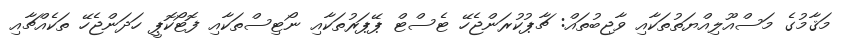
މަޤާމުގެ މަސްއޫލިއްޔަތުތަކާއި ވާޖިބުތައް: ޗާޕުކުރަންޖެހޭ ޓެސްޓް ޕޭޕަރުތަކާއި ނޯޓިސްތަކާއި ފޮޓޯކޮޕީ ހަދަންޖެހޭ ތަކެއްޗާއި